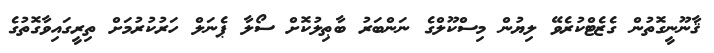
ޤާނޫނީގޮތުން ގެޒެޓްކުރެވޭ ލިޔުން މިސްކޫލްގެ ނަންބަރު ބާޠިލުކޮށް ސޯލާ ޕެނަލް ހަރުކުރުމަށް ތިރީގައިވާގޮތުގެ